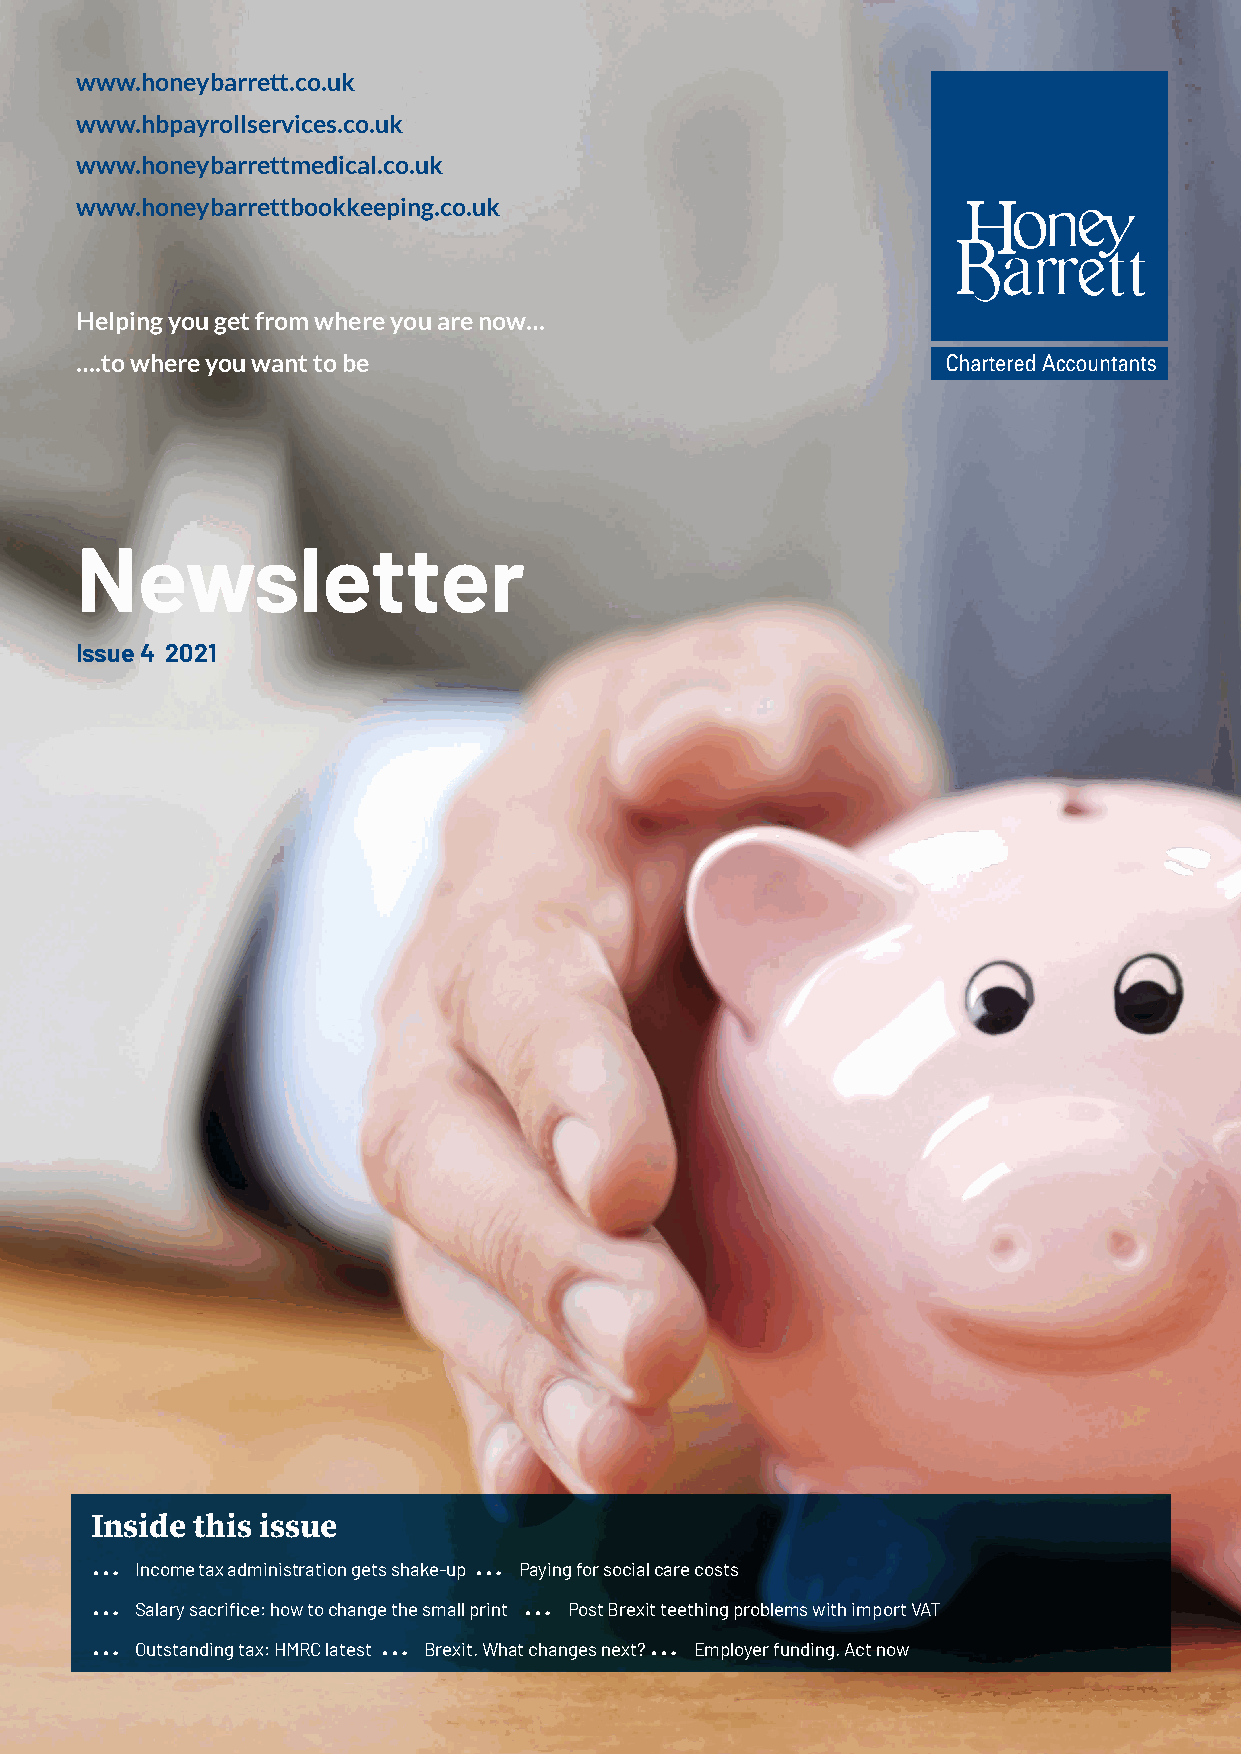
www.honeybarrett.co.uk
 www.hbpayrollservices.co.uk
 www.honeybarrettmedical.co.uk
 www.honeybarrettbookkeeping.co.uk
 Helping you get from where you are now…
 ….to where you want to be
 Newsletter
 Issue 4 2021
 Inside this issue
 …                        …
 Income tax administration gets shake-up Paying for social care costs
 …                            …
 Salary sacrifice: how to change the small print Post Brexit teething problems with import VAT
 …                  …                 …
 Outstanding tax: HMRC latest Brexit. What changes next? Employer funding. Act now